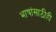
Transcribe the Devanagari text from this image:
भाषांसाठीही